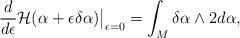
LaTeX: \begin{align*}\frac{d}{d \epsilon} \mathcal{H}(\alpha + \epsilon \delta \alpha) \big |_{\epsilon=0} = \int_M \delta \alpha \wedge 2 d \alpha,\end{align*}